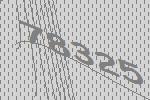
78325